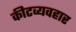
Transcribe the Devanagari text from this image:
कीटव्यवहार